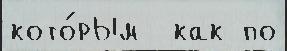
кото́рым  как по